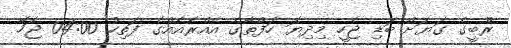
ރޫބީގެ ގަޔަށް ބަޑި ޖެހީ މިދިޔަ ހަފްތާގެ އެއްރެއެއްގެ ފަތިހު 04:00 ޖަހާ